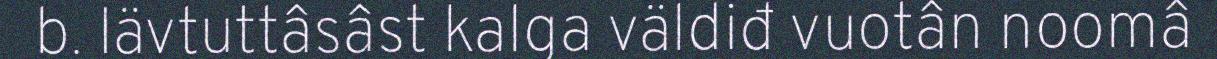
b. Iävtuttâsâst kalga väldiđ vuotân noomâ